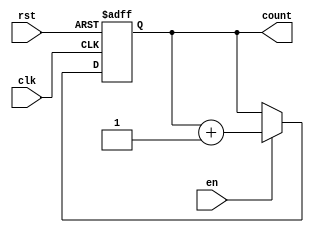
module gray_counter (
    input wire clk,
    input wire rst,
    input wire en,
    output reg [n-1:0] count
);

parameter n = 4;

always @(posedge clk or posedge rst) begin
    if (rst) begin
        count <= 0;
    end else if (en) begin
        count <= count + 1;
    end
end

endmodule